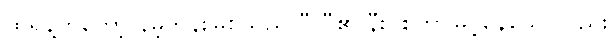
ထရန့်ကတော့ နမ့်တိန်းမြစ်သည် ပီလီ၏ နီးပါးကြာမြင့်နေသော်လည်း